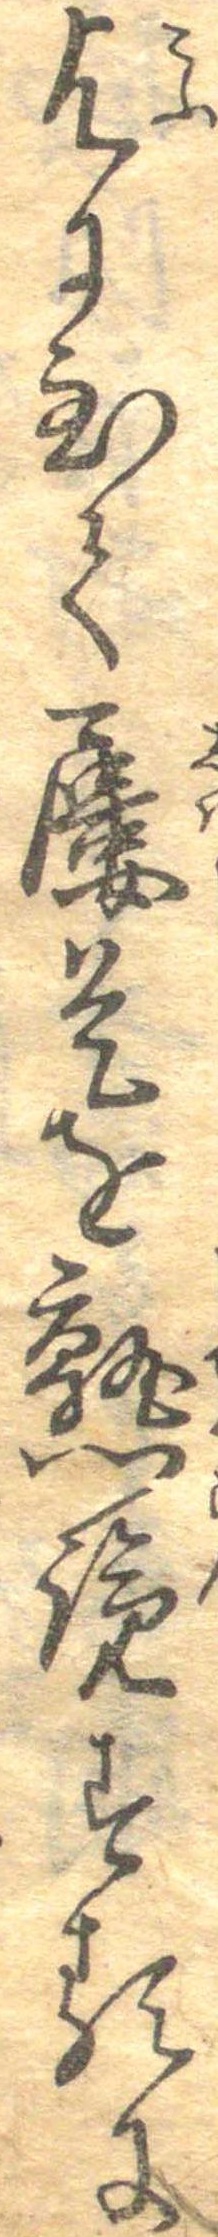
乞に至て屡是を熟覧するに